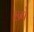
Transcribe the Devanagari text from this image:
छ्पे